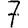
Digit: 7